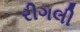
રીગલી